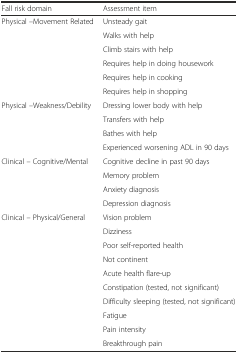
<table><thead><tr><td><b>Fall risk domain</b></td><td><b>Assessment item</b></td></tr></thead><tbody><tr><td rowspan="6">Physical –Movement Related</td><td>Unsteady gait</td></tr><tr><td>Walks with help</td></tr><tr><td>Climb stairs with help</td></tr><tr><td>Requires help in doing housework</td></tr><tr><td>Requires help in cooking</td></tr><tr><td>Requires help in shopping</td></tr><tr><td rowspan="4">Physical –Weakness/Debility</td><td>Dressing lower body with help</td></tr><tr><td>Transfers with help</td></tr><tr><td>Bathes with help</td></tr><tr><td>Experienced worsening ADL in 90 days</td></tr><tr><td rowspan="4">Clinical – Cognitive/Mental</td><td>Cognitive decline in past 90 days</td></tr><tr><td>Memory problem</td></tr><tr><td>Anxiety diagnosis</td></tr><tr><td>Depression diagnosis</td></tr><tr><td rowspan="10">Clinical -- Physical/General</td><td>Vision problem</td></tr><tr><td>Dizziness</td></tr><tr><td>Poor self-reported health</td></tr><tr><td>Not continent</td></tr><tr><td>Acute health flare-up</td></tr><tr><td>Constipation (tested, not significant)</td></tr><tr><td>Difficulty sleeping (tested, not significant)</td></tr><tr><td>Fatigue</td></tr><tr><td>Pain intensity</td></tr><tr><td>Breakthrough pain</td></tr></tbody></table>